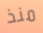
منذ